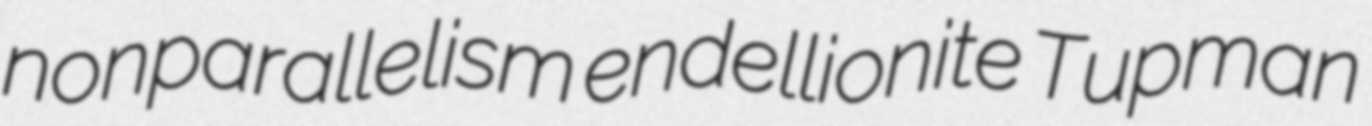
nonparallelism endellionite Tupman